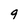
Character: 9